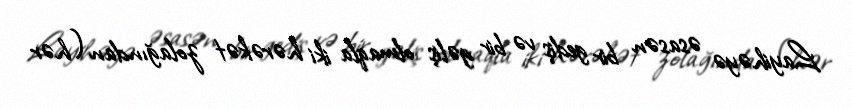
Layihəyə əsasən bir gediş və bir gəliş olmaqla iki hərəkət zolağından (hər